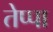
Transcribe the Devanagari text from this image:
तेप्पा